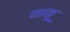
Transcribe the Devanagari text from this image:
नाकू